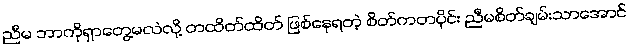
ညီမ ဘာကိုရှာတွေ့မလဲလို့ တထိတ်ထိတ် ဖြစ်နေရတဲ့ စိတ်ကတပိုင်း ညီမစိတ်ချမ်းသာအောင်